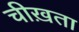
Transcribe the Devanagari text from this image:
चीख़ता